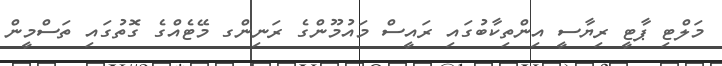
މަލްޓި ޕާޓީ ރިޔާސީ އިންތިކާބުގައި ރައީސް މައުމޫންގެ ރަނިންގ މޭޓެއްގެ ގޮތުގައި ތަސްމީން